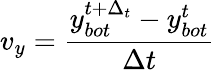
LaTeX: v_{y}=\frac{y_{bot}^{t+\Delta_{t}}-y_{bot}^{t}}{\Delta t}